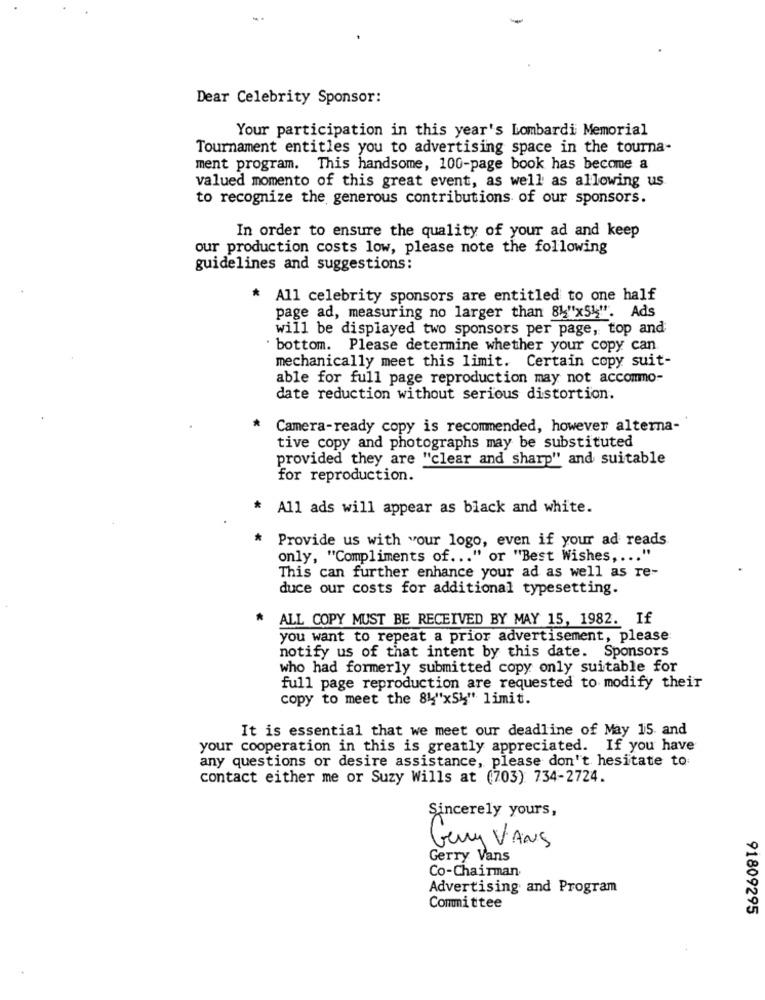
-
Dear Celebrity Sponsor:
Your participation in this year's Lombardi Memorial
Tournament entitles you to advertising space in the tourna-
ment program. This handsome, 100-page book has become a
valued momento of this great event, as well as allowing us
to recognize the generous contributions of our sponsors.
In order to ensure the quality of your ad and keep
our production costs low, please note the following
guidelines and suggestions:
* All celebrity sponsors are entitled to one half
page ad, measuring no larger than 84"x54". Ads
will be displayed two sponsors per page, top and
· bottom. Please determine whether your copy can
mechanically meet this limit. Certain copy suit-
able for full page reproduction may not accommo-
date reduction without serious distortion.
*
Camera-ready copy is recommended, however alterna-
tive copy and photographs may be substituted
provided they are "clear and sharp" and suitable
for reproduction.
* All ads will appear as black and white.
*
Provide us with "our logo, even if your ad reads
only, "Compliments of ... " or "Best Wishes, ... "
This can further enhance your ad as well as re-
duce our costs for additional typesetting.
* ALL COPY MUST BE RECEIVED BY MAY 15, 1982. If
you want to repeat a prior advertisement, please
notify us of that intent by this date. Sponsors
who had formerly submitted copy only suitable for
full page reproduction are requested to modify their
copy to meet the 84"x54"' limit.
It is essential that we meet our deadline of May 15 and
your cooperation in this is greatly appreciated. If you have
any questions or desire assistance, please don't hesitate to
contact either me or Suzy Wills at (703) 734-2724.
Sincerely yours,
Geny VANS
Gerry Vans
Co-Chairman
Advertising and Program
Committee
91809295